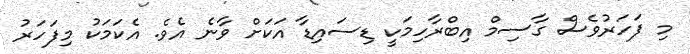
މި ފަހަރުވެސް ގާސިމް އިބްރާހިމަކީ ޑިސައިޑާ އަކަށް ވާނެ އެވެ. އެކަމަކު މިފަހަރު